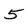
Character: 5